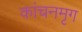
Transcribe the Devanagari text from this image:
कांचनमृग